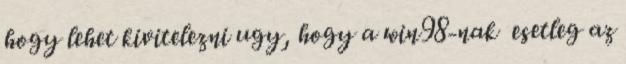
hogy lehet kivitelezni ugy, hogy a win98-nak esetleg az